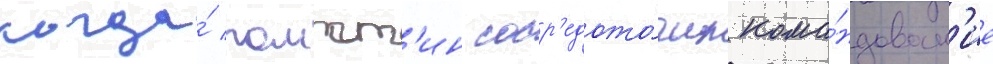
когда́ помпт'ин соср'едото́чил кома́ндован'ие